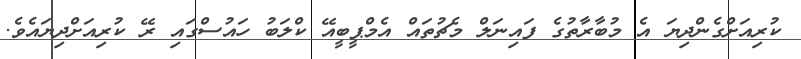
ކުރިއަށްގެންދިޔަ އެ މުބާރާތުގެ ފައިނަލް މެޗުތައް އެމްޕީބީއޭ ކްލަބު ހައުސްގައި ރޭ ކުރިއަށްދިޔައެވެ.